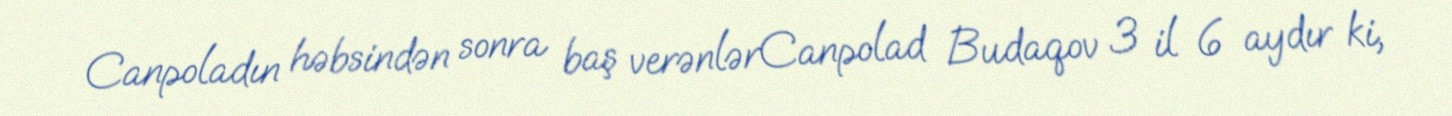
Canpoladın həbsindən sonra baş verənlərCanpolad Budaqov 3 il 6 aydır ki,